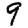
Digit: 9